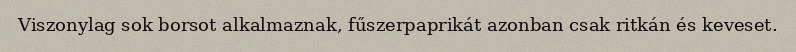
Viszonylag sok borsot alkalmaznak, fűszerpaprikát azonban csak ritkán és keveset.